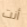
أنت